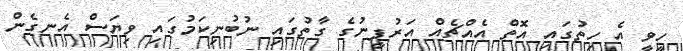
ހީވީ އެ ހިތުގައި އޮތް އެއްޗެއް އަރުފީނުގެ ގާތުގައި ނުބުނިކަމުގައި ވިޔަސް އެނގެން